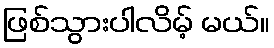
ဖြစ်သွားပါလိမ့် မယ်။